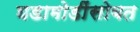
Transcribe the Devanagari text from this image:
घडामोडींसोबत